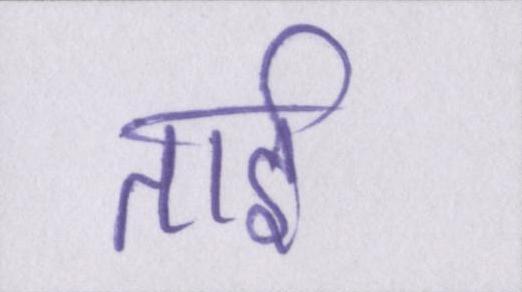
ताई